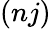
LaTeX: (nj)